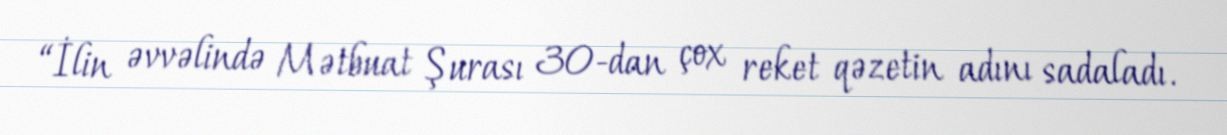
“İlin əvvəlində Mətbuat Şurası 30-dan çox reket qəzetin adını sadaladı.